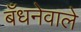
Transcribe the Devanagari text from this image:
बँधनेवाले